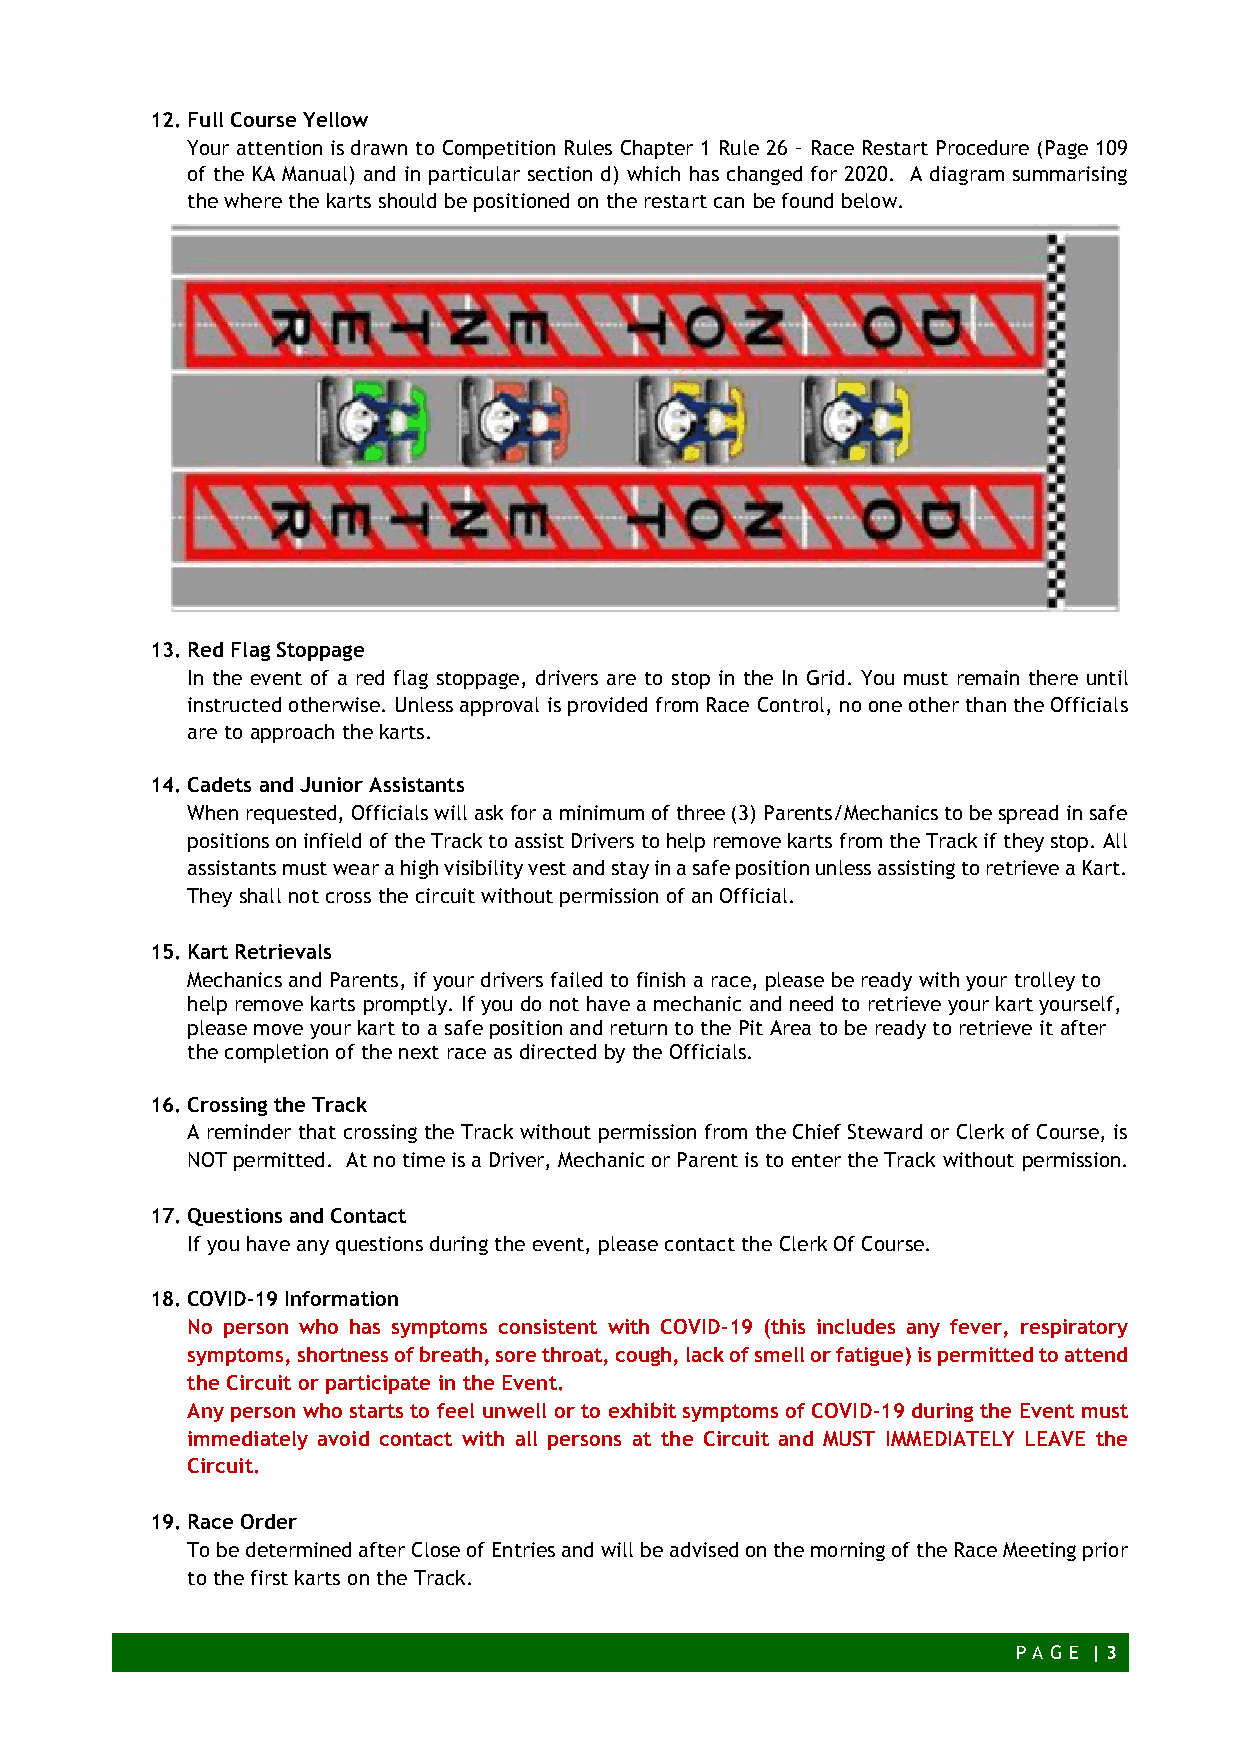
12. Full Course Yellow
 Your attention is drawn to Competition Rules Chapter 1 Rule 26 – Race Restart Procedure (Page 109
 of the KA Manual) and in particular section d) which has changed for 2020. A diagram summarising
 the where the karts should be positioned on the restart can be found below.
 13. Red Flag Stoppage
 In the event of a red flag stoppage, drivers are to stop in the In Grid. You must remain there until
 instructed otherwise. Unless approval is provided from Race Control, no one other than the Officials
 are to approach the karts.
 14. Cadets and Junior Assistants
 When requested, Officials will ask for a minimum of three (3) Parents/Mechanics to be spread in safe
 positions on infield of the Track to assist Drivers to help remove karts from the Track if they stop. All
 assistants must wear a high visibility vest and stay in a safe position unless assisting to retrieve a Kart.
 They shall not cross the circuit without permission of an Official.
 15. Kart Retrievals
 Mechanics and Parents, if your drivers failed to finish a race, please be ready with your trolley to
 help remove karts promptly. If you do not have a mechanic and need to retrieve your kart yourself,
 please move your kart to a safe position and return to the Pit Area to be ready to retrieve it after
 the completion of the next race as directed by the Officials.
 16. Crossing the Track
 A reminder that crossing the Track without permission from the Chief Steward or Clerk of Course, is
 NOT permitted. At no time is a Driver, Mechanic or Parent is to enter the Track without permission.
 17. Questions and Contact
 If you have any questions during the event, please contact the Clerk Of Course.
 18. COVID-19 Information
 No person who has symptoms consistent with COVID-19 (this includes any fever, respiratory
 symptoms, shortness of breath, sore throat, cough, lack of smell or fatigue) is permitted to attend
 the Circuit or participate in the Event.
 Any person who starts to feel unwell or to exhibit symptoms of COVID-19 during the Event must
 immediately avoid contact with all persons at the Circuit and MUST IMMEDIATELY LEAVE the
 Circuit.
 19. Race Order
 To be determined after Close of Entries and will be advised on the morning of the Race Meeting prior
 to the first karts on the Track.
 P AG E | 3